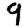
Digit: 9